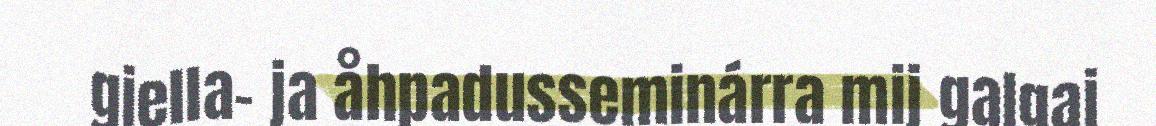
giella- ja åhpadusseminárra mij galgaj